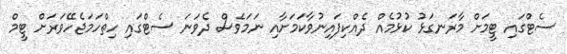
ސެޓްގައި ޓީމަށް މާރަނގަޅު ކުޅުމެއް ދެއްކިފައިނުވާކަމަށާއި ނަމަވެސް ދެވަނަ ސެޓްގައި ހިތްހަމަޖެހޭވަރަށް ޓީމް